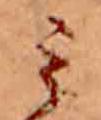
ミ